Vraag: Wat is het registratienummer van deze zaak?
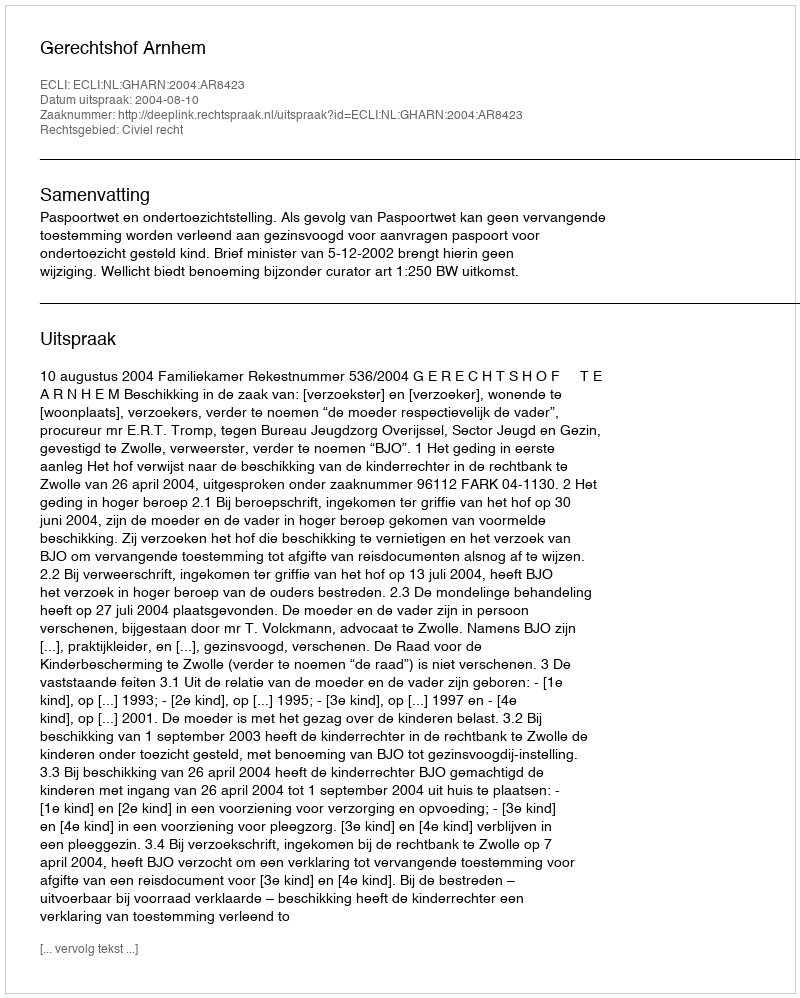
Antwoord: http://deeplink.rechtspraak.nl/uitspraak?id=ECLI:NL:GHARN:2004:AR8423